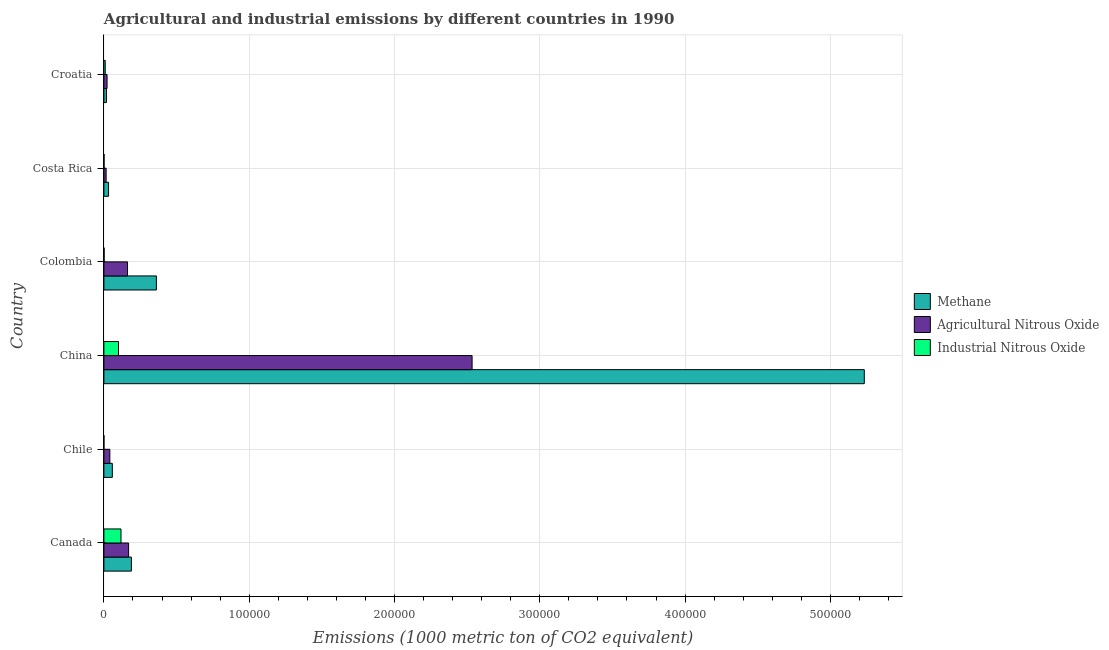
| Country | Methane | Agricultural Nitrous Oxide | Industrial Nitrous Oxide |
 | --- | --- | --- | --- |
 | Canada | 1.89e+04 | 1.7e+04 | 1.18e+04 |
 | Chile | 5.81e+03 | 4.1e+03 | 27.9 |
 | China | 5.23e+05 | 2.53e+05 | 1.01e+04 |
 | Colombia | 3.61e+04 | 1.63e+04 | 172 |
 | Costa Rica | 3.2e+03 | 1.54e+03 | 120 |
 | Croatia | 1.76e+03 | 2.18e+03 | 928 |